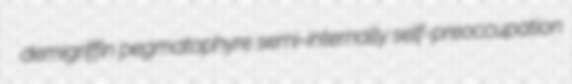
demigriffin pegmatophyre semi-internally self-preoccupation